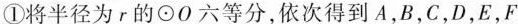
①将半径为r的\odot O六等分，依次得到A，B，C，D，E，F